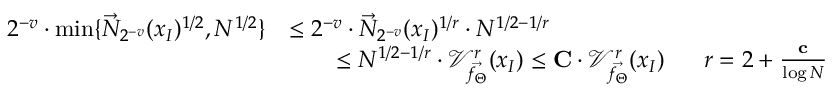
\begin{array} { r l } { 2 ^ { - v } \cdot \operatorname* { m i n } \{ \vec { N } _ { 2 ^ { - v } } ( x _ { I } ) ^ { 1 / 2 } , N ^ { 1 / 2 } \} } & { \leq 2 ^ { - v } \cdot \vec { N } _ { 2 ^ { - v } } ( x _ { I } ) ^ { 1 / r } \cdot N ^ { 1 / 2 - 1 / r } } \\ & { \qquad \leq N ^ { 1 / 2 - 1 / r } \cdot \mathcal { V } _ { \vec { f _ { \Theta } } } ^ { r } ( x _ { I } ) \leq \mathbf { C } \cdot \mathcal { V } _ { \vec { f _ { \Theta } } } ^ { r } ( x _ { I } ) \; \; \; \; \; \; r = 2 + \frac { \mathbf { c } } { \log N } } \end{array}